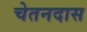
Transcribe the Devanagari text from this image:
चेतनदास